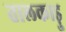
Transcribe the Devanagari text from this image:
तालकाड़ु